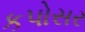
કપોસર